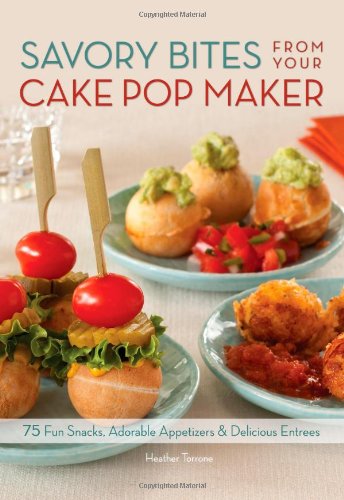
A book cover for Savory Bites From Your Cake Pop Maker: 75 Fun Snacks, Adorable Appetizers and Delicious Entrees; Heather Torrone; Cookbooks, Food & Wine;